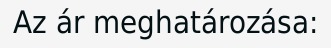
Az ár meghatározása: